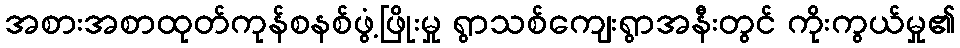
အစားအစာထုတ်ကုန်စနစ်ဖွံ့ဖြိုးမှု ရွာသစ်ကျေးရွာအနီးတွင် ကိုးကွယ်မှု၏